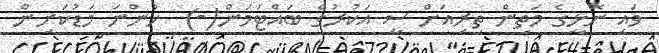
ވައި ނޮޅީގެ މަތިން ތިރިއަށް ސީ އަކުރުގެ ބައްޓަމަން(-)  ހުންނަ މަޑުކަށިން